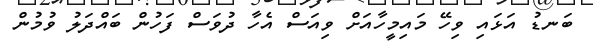
ބަނޑު އަޅައި ވިހޭ މައިމީހާއަށް ވިއަސް އެހާ ދުވަސް ފަހުން ބައްދަލު ވުމުން